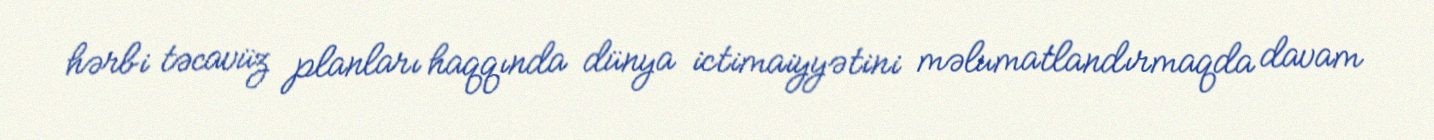
hərbi təcavüz planları haqqında dünya ictimaiyyətini məlumatlandırmaqda davam